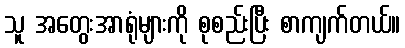
သူ အတွေးအာရုံများကို စုစည်းပြီး စာကျက်တယ်။